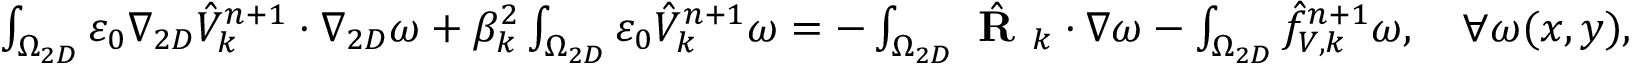
\begin{array} { r l } { \small } & { \int _ { \Omega _ { 2 D } } \varepsilon _ { 0 } \nabla _ { 2 D } \hat { V } _ { k } ^ { n + 1 } \cdot \nabla _ { 2 D } \omega + \beta _ { k } ^ { 2 } \int _ { \Omega _ { 2 D } } \varepsilon _ { 0 } \hat { V } _ { k } ^ { n + 1 } \omega = - \int _ { \Omega _ { 2 D } } \hat { \textbf { R } } _ { k } \cdot \nabla \omega - \int _ { \Omega _ { 2 D } } \hat { f } _ { V , k } ^ { n + 1 } \omega , \quad \forall \omega ( x , y ) , } \end{array}